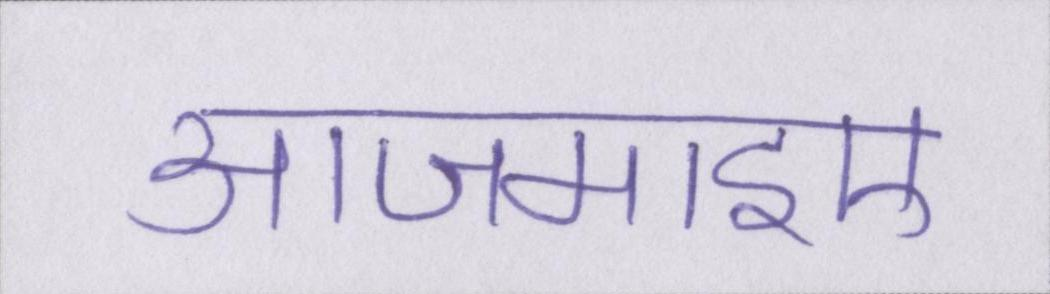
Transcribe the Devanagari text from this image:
आजमाइए